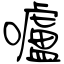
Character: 嚧